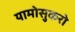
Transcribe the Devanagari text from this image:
यामोसुकरो